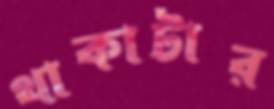
থাকাটার